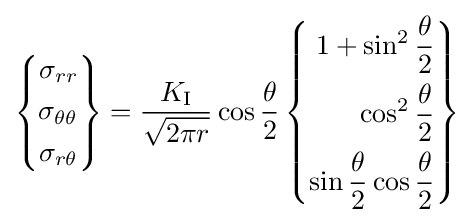
\left\{{\begin{aligned}\sigma _{rr}\\\sigma _{\theta \theta }\\\sigma _{r\theta }\end{aligned}}\right\}={\frac {K_{\rm {I}}}{\sqrt {2\pi r}}}\cos {\frac {\theta }{2}}\left\{{\begin{aligned}1+\sin ^{2}{\frac {\theta }{2}}\\\cos ^{2}{\frac {\theta }{2}}\\\sin {\frac {\theta }{2}}\cos {\frac {\theta }{2}}\end{aligned}}\right\}